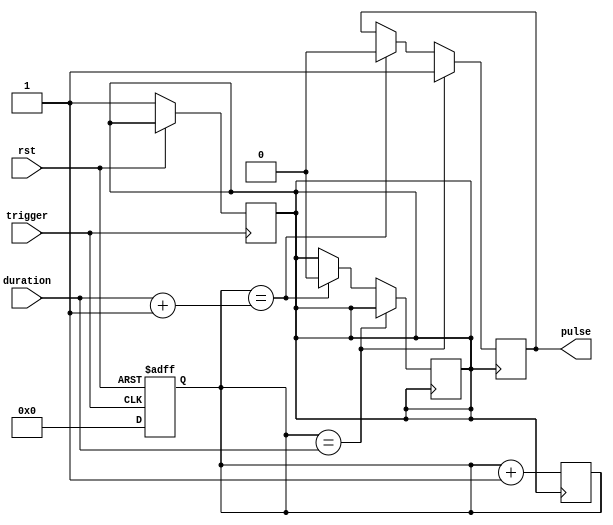
module one_shot_timer
(
  input trigger,
  input rst,
  input [7:0] duration,
  output reg pulse
);

reg [7:0] count;
reg timer_en;

always @(posedge trigger or posedge rst)
begin
  if (rst)
    count <= 8'b0;
  else if (trigger)
  begin
    count <= 8'b0;
    timer_en <= 1'b1;
  end
end

always @(posedge timer_en)
begin
  count <= count + 1;
  
  if (count == duration)
  begin
    pulse <= 1'b1;
  end
  else if (count == duration + 1)
  begin
    pulse <= 1'b0;
    timer_en <= 1'b0;
  end
end

endmodule